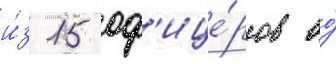
и́з 15 оф'ице́ров во́